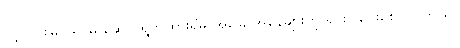
ပွင့်လင်းမြင်သာမှု ဆောင်ရွက်ထားရှိမှု အခြေ အနေများကို ရှင်းပြပေးစေလိုပါတယ်။